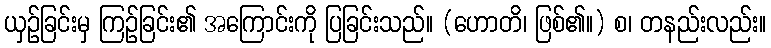
ယှဉ်ခြင်းမှ ကြဉ်ခြင်း၏ အကြောင်းကို ပြခြင်းသည်။ (ဟောတိ၊ ဖြစ်၏။) စ၊ တနည်းလည်း။